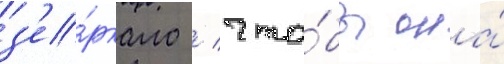
з'е́ркало / что́бы она́